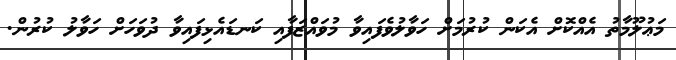
މަޢުލޫމާތު އެއްކޮށް އެކަން ކުރުމަށް ހަވާލުވެފައިވާ މުވައްޒަފާއި ކަނޑައެޅިފައިވާ ދުވަހަށް ހަވާލު ކުރުން.